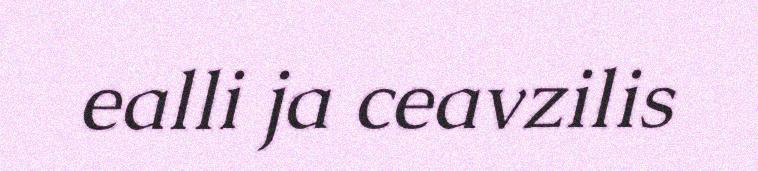
ealli ja ceavzilis